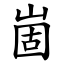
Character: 崮